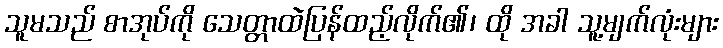
သူမသည် စာအုပ်ကို သေတ္တာထဲပြန်ထည့်လိုက်၏၊ ထို အခါ သူ့မျက်လုံးများ